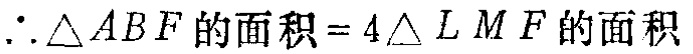
\(\therefore \triangle ABF\text{的面积}=4\triangle LMF\text{的面积}\)